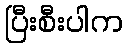
ပြီးစီးပါက